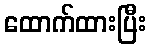
ထောက်ထားပြီး